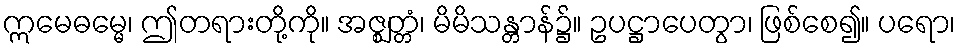
ဣမေဓမ္မေ၊ ဤတရားတို့ကို။ အဇ္ဈတ္တံ၊ မိမိသန္တာန်၌။ ဥပဋ္ဌာပေတွာ၊ ဖြစ်စေ၍။ ပရော၊